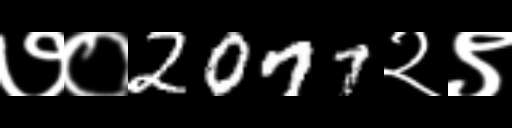
Text: ७०2077२९